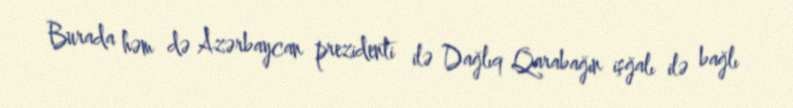
Burada həm də Azərbaycan prezidenti ilə Dağlıq Qarabağın işğalı ilə bağlı